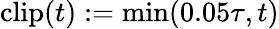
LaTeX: \mathrm{clip}(t):=\operatorname*{min}(0.05\tau,t)